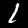
Digit: 1